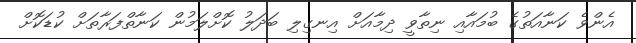
އެންވެ ކަނާއަތުގެ ބުމައާއި ނިތާވީ ދިމާއަށް އިނގިލި ބަދަލު ކޮށްލަމުން ކަނާތްފަރާތަށް ކުޑަކޮށް